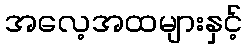
အလေ့အထများနှင့်